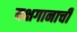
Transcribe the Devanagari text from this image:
यक्षगानाची